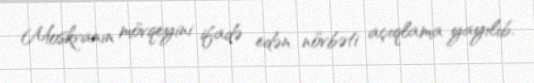
Moskvanın mövqeyini ifadə edən növbəti açıqlama yayılıb.